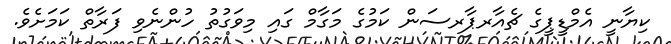
ކިޔާނީ އެމްޑީޕީގެ ޗެއާރޕާރސަން ކަމުގެ މަގާމް ގައި މިވަގުތު ހުންނެވި ފަރާތް ކަމަށެވެ.